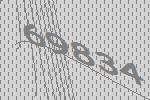
69834